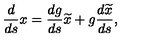
\frac { d } { d s } x = \frac { d g } { d s } \widetilde { x } + g \frac { d \widetilde { x } } { d s } ,